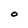
Character: O